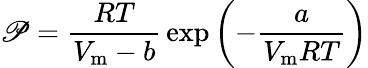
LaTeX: \mathscr{P}={\frac{{RT}}{{V_{\mathrm{{m}}}-b}}}\exp\left(-{\frac{{a}}{{V_{\mathrm{{m}}}RT}}}\right)